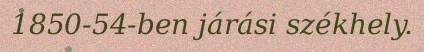
1850-54-ben járási székhely.